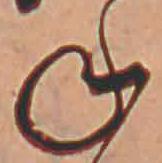
ね